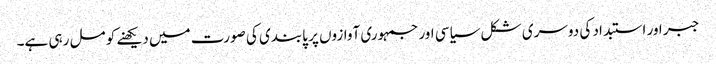
جبر اور استبداد کی دوسری شکل سیاسی اور جمہوری آوازوں پر پابندی کی صورت میں دیکھنے کو مل رہی ہے۔